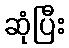
ဆုံပြီး